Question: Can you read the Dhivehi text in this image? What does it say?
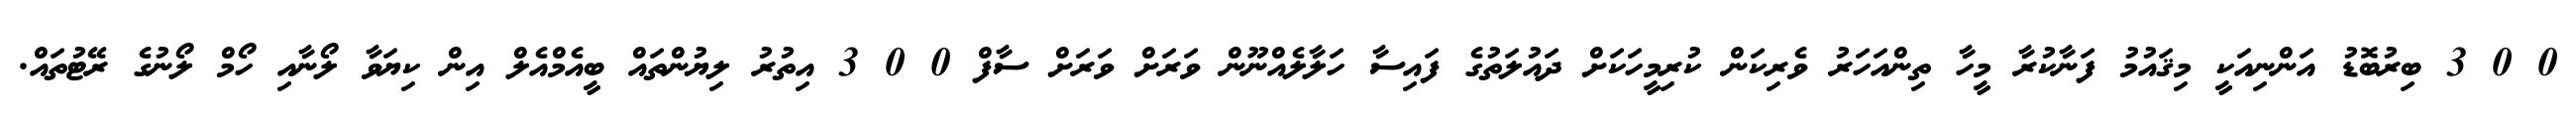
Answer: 0 0 3 ބިރުބޮޑު އަންނިއަކީ މިޤައުމު ފަނާކުރާ މީހާ ތިންއަހަރު ވެރިކަން ކުރިމީހަކަށް ދައުލަތުގެ ފައިސާ ހަލާލެއްނޫން ވަރަށް ވަރަށް ސާފް 0 0 3 އިތުރު ލިޔުންތައް ބީއެމްއެލް އިން ކިޔަވާ ލޯނާއި ހޯމް ލޯނުގެ ރޭޓުތައް.